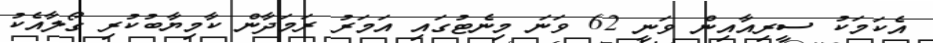
އެކަމަކު ސީރިއާއިން ވަނީ 62 ވަނަ މިނެޓުގައި އަމަރު ރަމަދާން ކާމިޔާބުކުރި ގޯލާއެކު